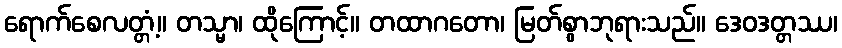
ရောက်စေလတ္တံ့။ တသ္မာ၊ ထိုကြောင့်။ တထာဂတော၊ မြတ်စွာဘုရားသည်။ ဒေဝဒတ္တဿ၊